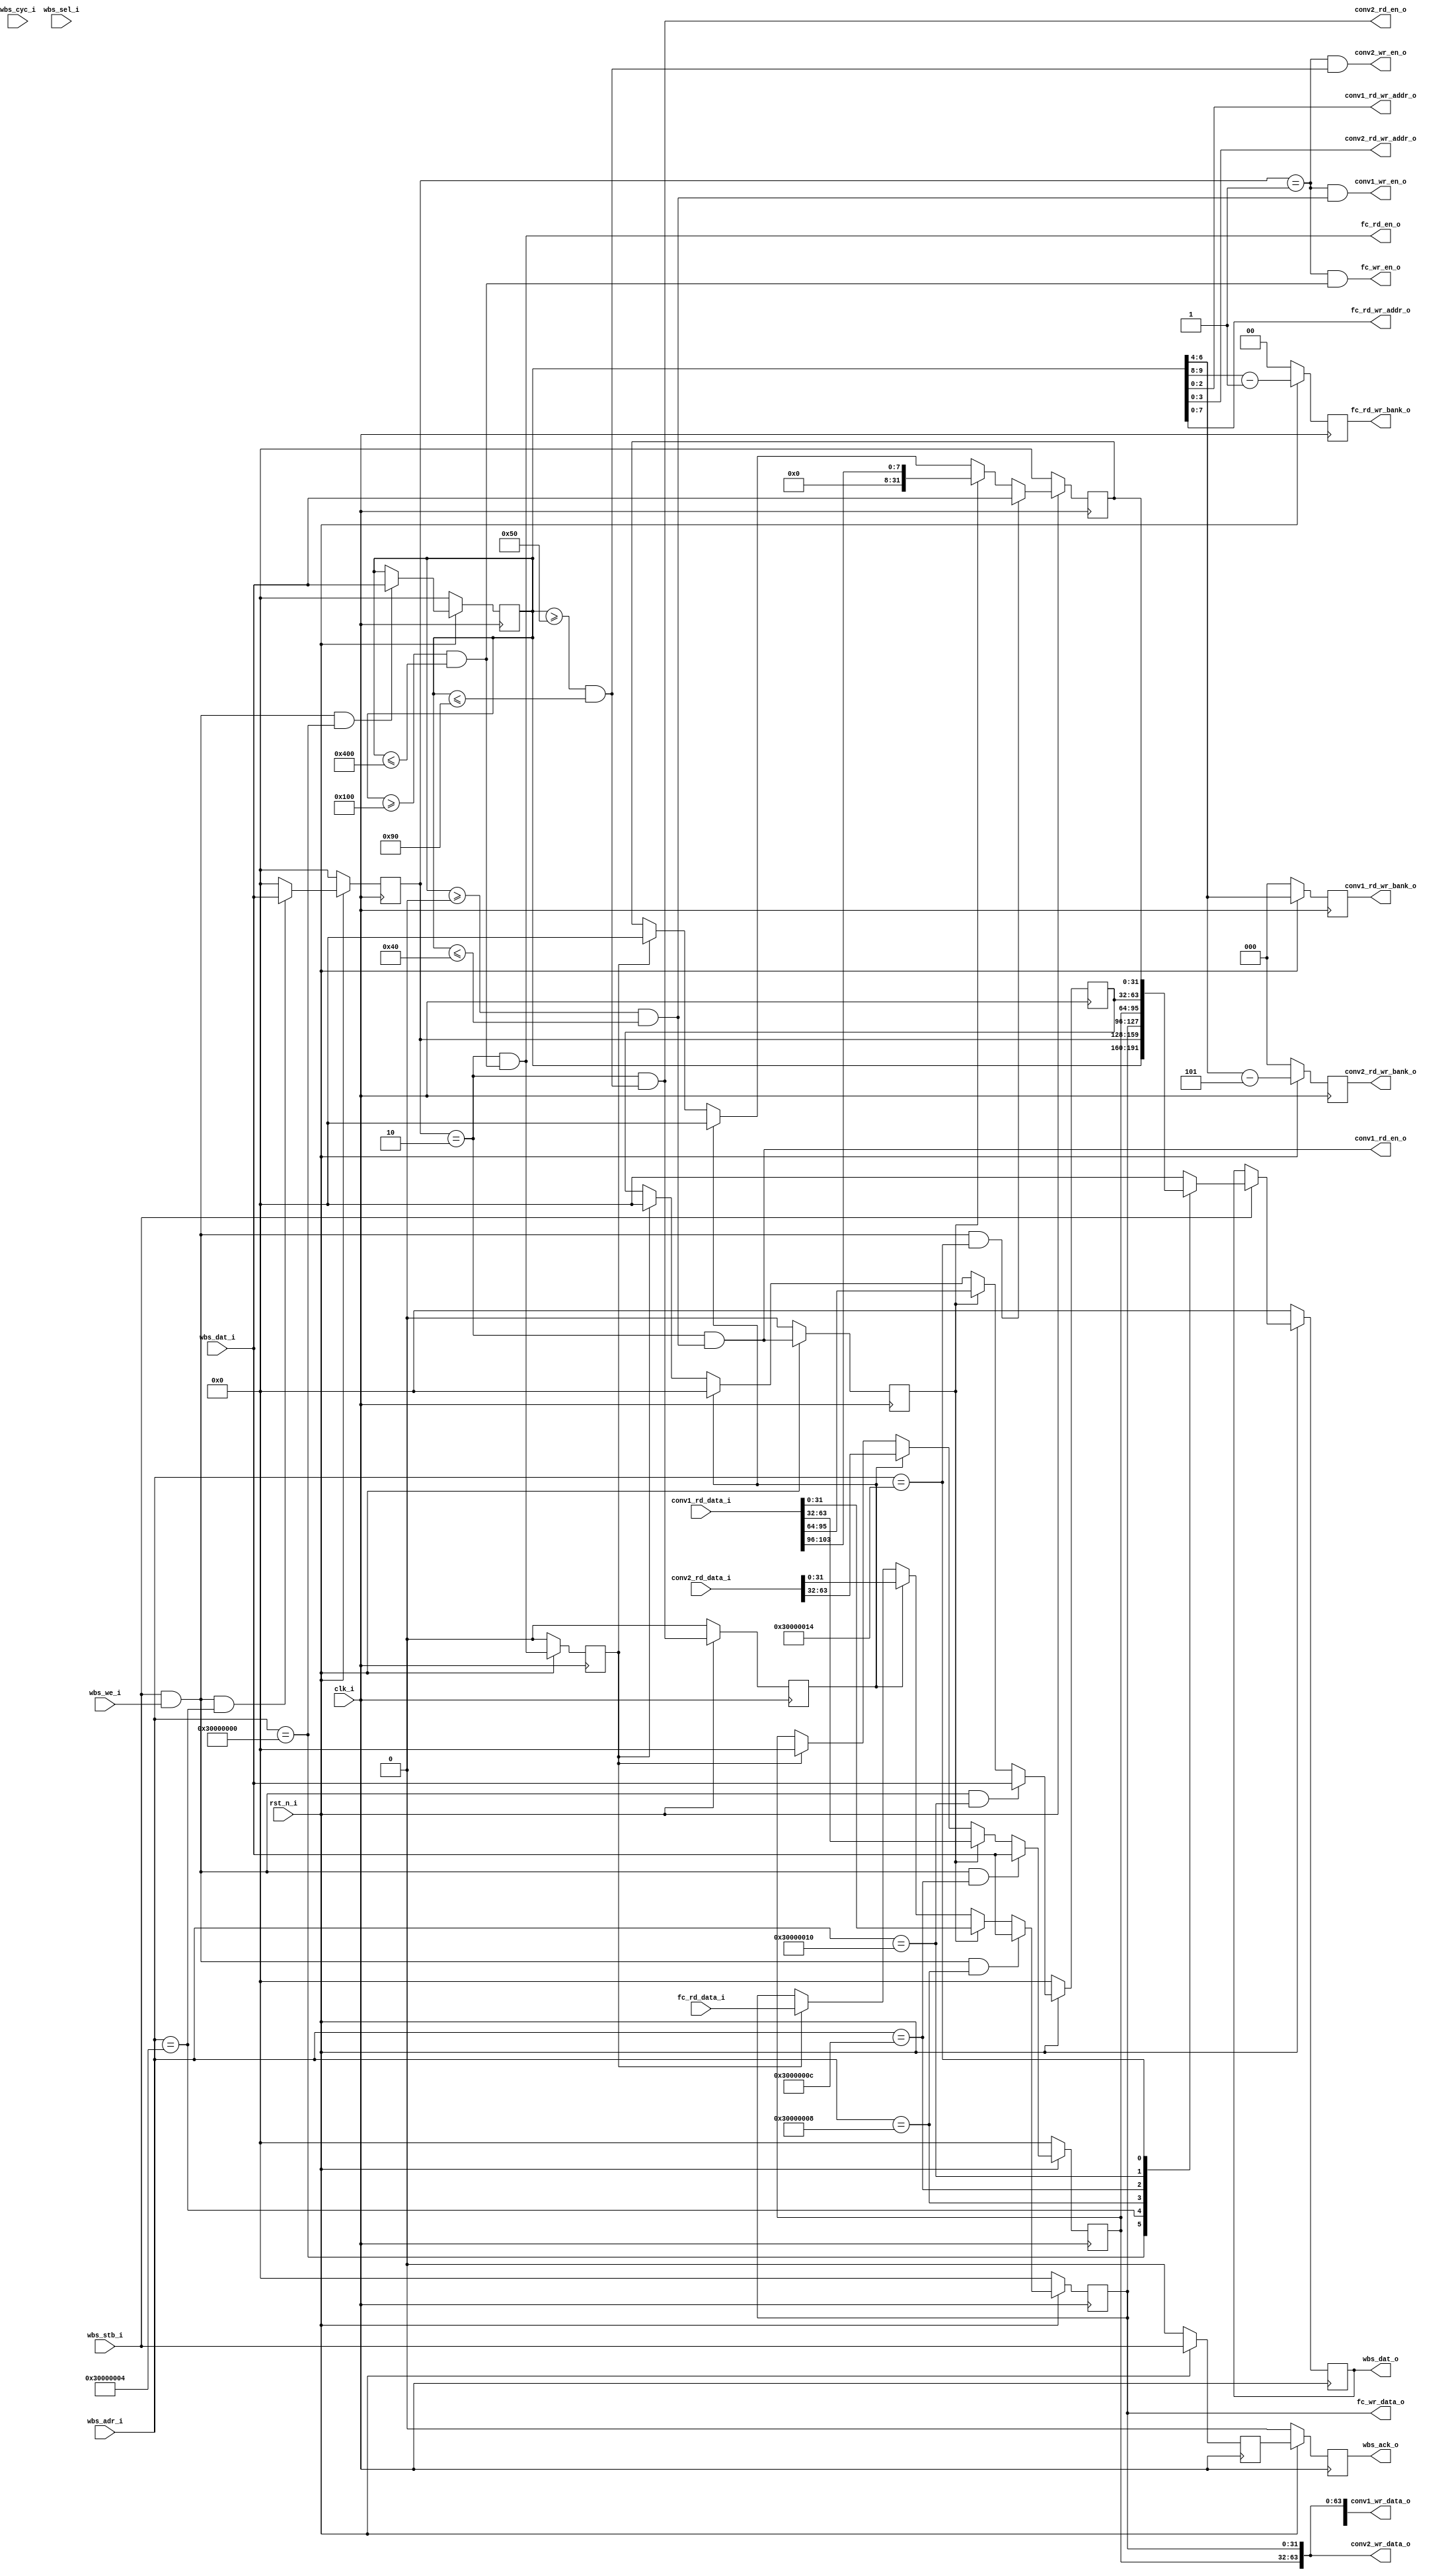
// =============================================================================
// Module:       Configuration
// Design:       Eldrick Millares
// Verification: Matthew Pauly
// Notes:
// User address space goes from 0x3000_0000 to 0x7FFF_FFFF
// INFO: Design not sensitized to cyc_i; only strobe is needed if trust wb
// INFO: Wishbone ack may be one cycle too early, add NOP to firmware if needed
// =============================================================================

module cfg #(
    parameter CONV1_BANK_BW = 3,
    parameter CONV1_ADDR_BW = 3,
    parameter CONV1_VECTOR_BW = 104,
    parameter CONV2_BANK_BW = 3,
    parameter CONV2_ADDR_BW = 4,
    parameter CONV2_VECTOR_BW = 64,
    parameter FC_BANK_BW = 2,
    parameter FC_ADDR_BW = 8,
    parameter FC_BIAS_BW = 32,
    parameter WISHBONE_BASE_ADDR = 32'h30000000
)(
    // clock and reset
    input                                   clk_i,
    input                                   rst_n_i,

    // wishbone slave ports (wb mi a)
    input                                   wbs_stb_i,
    input                                   wbs_cyc_i,
    input                                   wbs_we_i,
    input         [3  : 0]                  wbs_sel_i,
    input         [31 : 0]                  wbs_dat_i,
    input         [31 : 0]                  wbs_adr_i,
    output                                  wbs_ack_o,
    output reg    [31 : 0]                  wbs_dat_o,

    // conv1 memory configuration
    output                                  conv1_rd_en_o,
    output                                  conv1_wr_en_o,
    output        [CONV1_BANK_BW - 1 : 0]   conv1_rd_wr_bank_o,
    output        [CONV1_ADDR_BW - 1 : 0]   conv1_rd_wr_addr_o,
    output signed [CONV1_VECTOR_BW - 1 : 0] conv1_wr_data_o,
    input  signed [CONV1_VECTOR_BW - 1 : 0] conv1_rd_data_i,

    // conv2 memory configuration
    output                                  conv2_rd_en_o,
    output                                  conv2_wr_en_o,
    output        [CONV2_BANK_BW - 1 : 0]   conv2_rd_wr_bank_o,
    output        [CONV2_ADDR_BW - 1 : 0]   conv2_rd_wr_addr_o,
    output signed [CONV2_VECTOR_BW - 1 : 0] conv2_wr_data_o,
    input  signed [CONV2_VECTOR_BW - 1 : 0] conv2_rd_data_i,

    // fc memory configuration
    output                                  fc_rd_en_o,
    output                                  fc_wr_en_o,
    output        [FC_BANK_BW - 1 : 0]      fc_rd_wr_bank_o,
    output        [FC_ADDR_BW - 1 : 0]      fc_rd_wr_addr_o,
    output signed [FC_BIAS_BW - 1 : 0]      fc_wr_data_o,
    input  signed [FC_BIAS_BW - 1 : 0]      fc_rd_data_i
);

    // =========================================================================
    // Wishbone Address Space
    // =========================================================================
    localparam ADDR   = WISHBONE_BASE_ADDR + 'h00;
    localparam CTRL   = WISHBONE_BASE_ADDR + 'h04;
    localparam DATA_0 = WISHBONE_BASE_ADDR + 'h08;
    localparam DATA_1 = WISHBONE_BASE_ADDR + 'h0C;
    localparam DATA_2 = WISHBONE_BASE_ADDR + 'h10;
    localparam DATA_3 = WISHBONE_BASE_ADDR + 'h14;


    // =========================================================================
    // Wakey Wakey Address Space
    // =========================================================================
    localparam CONV1_WEIGHT0_START = 'h000;
    localparam CONV1_WEIGHT0_END   = 'h007;
    localparam CONV1_WEIGHT1_START = 'h010;
    localparam CONV1_WEIGHT1_END   = 'h017;
    localparam CONV1_WEIGHT2_START = 'h020;
    localparam CONV1_WEIGHT2_END   = 'h027;
    localparam CONV1_BIAS_START    = 'h030;
    localparam CONV1_BIAS_END      = 'h037;
    localparam CONV1_SHIFT_START   = 'h040;
    localparam CONV1_SHIFT_END     = 'h040;

    localparam CONV2_WEIGHT0_START = 'h050;
    localparam CONV2_WEIGHT0_END   = 'h05F;
    localparam CONV2_WEIGHT1_START = 'h060;
    localparam CONV2_WEIGHT1_END   = 'h06F;
    localparam CONV2_WEIGHT2_START = 'h070;
    localparam CONV2_WEIGHT2_END   = 'h07F;
    localparam CONV2_BIAS_START    = 'h080;
    localparam CONV2_BIAS_END      = 'h08F;
    localparam CONV2_SHIFT_START   = 'h090;
    localparam CONV2_SHIFT_END     = 'h090;

    localparam FC_WEIGHT0_START    = 'h100;
    localparam FC_WEIGHT0_END      = 'h1CF;
    localparam FC_WEIGHT1_START    = 'h200;
    localparam FC_WEIGHT1_END      = 'h2CF;
    localparam FC_BIAS_0_START     = 'h300;
    localparam FC_BIAS_0_END       = 'h300;
    localparam FC_BIAS_1_START     = 'h400;
    localparam FC_BIAS_1_END       = 'h400;


    // =========================================================================
    // Wishbone Addressable Registers
    // =========================================================================
    reg [31 : 0] addr;
    reg [31 : 0] ctrl;
    reg [31 : 0] data_0;
    reg [31 : 0] data_1;
    reg [31 : 0] data_2;
    reg [31 : 0] data_3;


    // =========================================================================
    // Wishbone Addressing Logic
    // =========================================================================
    // shorthand for this peripheral is selected and we're writing
    wire wr_active  = wbs_stb_i && wbs_we_i;

    // shorthand for wishbone addressable registers being addressed
    wire adr_addr   = wbs_adr_i == ADDR;
    wire adr_ctrl   = wbs_adr_i == CTRL;
    wire adr_data_0 = wbs_adr_i == DATA_0;
    wire adr_data_1 = wbs_adr_i == DATA_1;
    wire adr_data_2 = wbs_adr_i == DATA_2;
    wire adr_data_3 = wbs_adr_i == DATA_3;


    // =========================================================================
    // Module Selection Logic
    // =========================================================================
    wire conv1_sel = (addr >= CONV1_WEIGHT0_START) && (addr <= CONV1_SHIFT_END);
    wire conv2_sel = (addr >= CONV2_WEIGHT0_START) && (addr <= CONV2_SHIFT_END);
    wire fc_sel    = (addr >= FC_WEIGHT0_START)    && (addr <= FC_BIAS_1_END);


    // =========================================================================
    // Bank Selection Logic
    // =========================================================================
    reg [CONV1_BANK_BW - 1 : 0] conv1_rd_wr_bank;
    reg [CONV2_BANK_BW - 1 : 0] conv2_rd_wr_bank;
    reg [FC_BANK_BW - 1 : 0]    fc_rd_wr_bank;

    always @(posedge clk_i) begin
        if (!rst_n_i) begin
            conv1_rd_wr_bank <= 0;
            conv2_rd_wr_bank <= 0;
            fc_rd_wr_bank    <= 0;
        end else begin
            // conv1 address space is laid out so we can use the upper 4 bits in
            // the LSB to select the bank
            conv1_rd_wr_bank <= addr[6:4];

            // conv2 address space is laid out so we can use the upper 4 bits in
            // the LSB, minus 5, to select the bank
            conv2_rd_wr_bank <= addr[6:4] - 3'd5;

            // fc address space is laid out so we can use the lower 2 bits in
            // the 2nd byte, minus 1, to select the bank
            fc_rd_wr_bank    <= addr[9:8] - 2'd1;
        end
    end

    assign conv1_rd_wr_bank_o = conv1_rd_wr_bank;
    assign conv2_rd_wr_bank_o = conv2_rd_wr_bank;
    assign fc_rd_wr_bank_o    = fc_rd_wr_bank;


    // =========================================================================
    // Address Assignment
    // =========================================================================
    assign conv1_rd_wr_addr_o = addr[2:0];
    assign conv2_rd_wr_addr_o = addr[3:0];
    assign fc_rd_wr_addr_o    = addr[7:0];

    // =========================================================================
    // Data Assignment
    // =========================================================================
    assign conv1_wr_data_o = {data_3[7:0], data_2, data_1, data_0};
    assign conv2_wr_data_o =                      {data_1, data_0};
    assign fc_wr_data_o    =                              {data_0};

    // =========================================================================
    // Address Register
    // =========================================================================
    always @(posedge clk_i) begin
        if (!rst_n_i) begin
            addr <= 'h0;
        end else begin
            addr <= (wr_active && adr_addr) ? wbs_dat_i : addr;
        end
    end

    // =========================================================================
    // Control Register
    // =========================================================================
    always @(posedge clk_i) begin
        if (!rst_n_i) begin
            ctrl <= 'h0;
        end else begin
            // self clearing register
            ctrl <= (wr_active && adr_ctrl) ? wbs_dat_i : 0;
        end
    end

    // =========================================================================
    // Wishbone Read
    // =========================================================================
    always @(posedge clk_i) begin
        if (!rst_n_i) begin
            wbs_dat_o <= 'h0;
        end else begin
            if (wbs_stb_i) begin
                case (wbs_adr_i)
                    ADDR: begin
                        wbs_dat_o <= addr;
                    end
                    CTRL: begin
                        wbs_dat_o <= ctrl;
                    end
                    DATA_0: begin
                        wbs_dat_o <= data_0;
                    end
                    DATA_1: begin
                        wbs_dat_o <= data_1;
                    end
                    DATA_2: begin
                        wbs_dat_o <= data_2;
                    end
                    DATA_3: begin
                        wbs_dat_o <= data_3;
                    end
                    default: begin
                        wbs_dat_o <= 'h0;
                    end
                endcase
            end
        end
    end


    // =========================================================================
    // Wishbone Acknowledge
    // =========================================================================
    reg wbs_ack;
    reg wbs_ack_q;

    always @(posedge clk_i) begin
        if (!rst_n_i) begin
            wbs_ack   <= 1'b0;
            wbs_ack_q <= 1'b0;
        end else begin
            wbs_ack   <= wbs_stb_i;
            wbs_ack_q <= wbs_ack;
        end
    end

    assign wbs_ack_o = wbs_ack_q;


    // =========================================================================
    // Store
    // =========================================================================
    assign conv1_wr_en_o = (ctrl == 'h1) && (conv1_sel);
    assign conv2_wr_en_o = (ctrl == 'h1) && (conv2_sel);
    assign fc_wr_en_o    = (ctrl == 'h1) && (fc_sel);


    // =========================================================================
    // Load
    // =========================================================================
    assign conv1_rd_en_o = (ctrl == 'h2) && (conv1_sel);
    assign conv2_rd_en_o = (ctrl == 'h2) && (conv2_sel);
    assign fc_rd_en_o    = (ctrl == 'h2) && (fc_sel);

    reg conv1_rd_en_d;
    reg conv2_rd_en_d;
    reg fc_rd_en_d;

    always @(posedge clk_i) begin
        if (!rst_n_i) begin
            conv1_rd_en_d <= 1'b0;
            conv2_rd_en_d <= 1'b0;
            fc_rd_en_d    <= 1'b0;
        end else begin
            conv1_rd_en_d <= conv1_rd_en_o;
            conv2_rd_en_d <= conv2_rd_en_o;
            fc_rd_en_d    <= fc_rd_en_o;
        end
    end


    // =========================================================================
    // Data Registers
    // =========================================================================
    always @(posedge clk_i) begin
        if (!rst_n_i) begin
            data_0 <= 'h0;
            data_1 <= 'h0;
            data_2 <= 'h0;
            data_3 <= 'h0;
        end else begin
            data_0 <= (wr_active && adr_data_0) ?   wbs_dat_i:
                      (conv1_rd_en_d) ? conv1_rd_data_i[31:0]:
                      (conv2_rd_en_d) ? conv2_rd_data_i[31:0]:
                      (fc_rd_en_d)    ?    fc_rd_data_i[31:0]:
                      data_0;
            data_1 <= (wr_active && adr_data_1) ?    wbs_dat_i:
                      (conv1_rd_en_d) ? conv1_rd_data_i[63:32]:
                      (conv2_rd_en_d) ? conv2_rd_data_i[63:32]:
                      (fc_rd_en_d)    ? 'h0:
                      data_1;
            data_2 <= (wr_active && adr_data_2) ?    wbs_dat_i:
                      (conv1_rd_en_d) ? conv1_rd_data_i[95:64]:
                      (conv2_rd_en_d) ? 'h0:
                      (fc_rd_en_d)    ? 'h0:
                      data_2;
            data_3 <= (wr_active && adr_data_3) ?     wbs_dat_i:
                      (conv1_rd_en_d) ? {24'b0, conv1_rd_data_i[103:96]}:
                      (conv2_rd_en_d) ? 'h0:
                      (fc_rd_en_d)    ? 'h0:
                      data_3;
        end
    end


    // =========================================================================
    // Simulation Only Waveform Dump (.vcd export)
    // =========================================================================
    `ifdef COCOTB_SIM
    `ifndef SCANNED
    `define SCANNED
    initial begin
      $dumpfile ("wave.vcd");
      $dumpvars (0, cfg);
      #1;
    end
    `endif
    `endif

endmodule